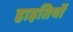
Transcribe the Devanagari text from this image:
हाइतियों